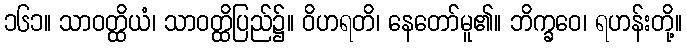
၁၆၁။ သာဝတ္ထိယံ၊ သာဝတ္ထိပြည်၌။ ဝိဟရတိ၊ နေတော်မူ၏။ ဘိက္ခဝေ၊ ရဟန်းတို့။